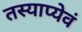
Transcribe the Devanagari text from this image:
तस्याप्येवं